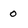
Character: 0